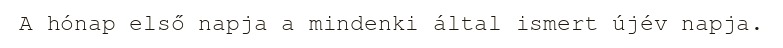
A hónap első napja a mindenki által ismert újév napja.